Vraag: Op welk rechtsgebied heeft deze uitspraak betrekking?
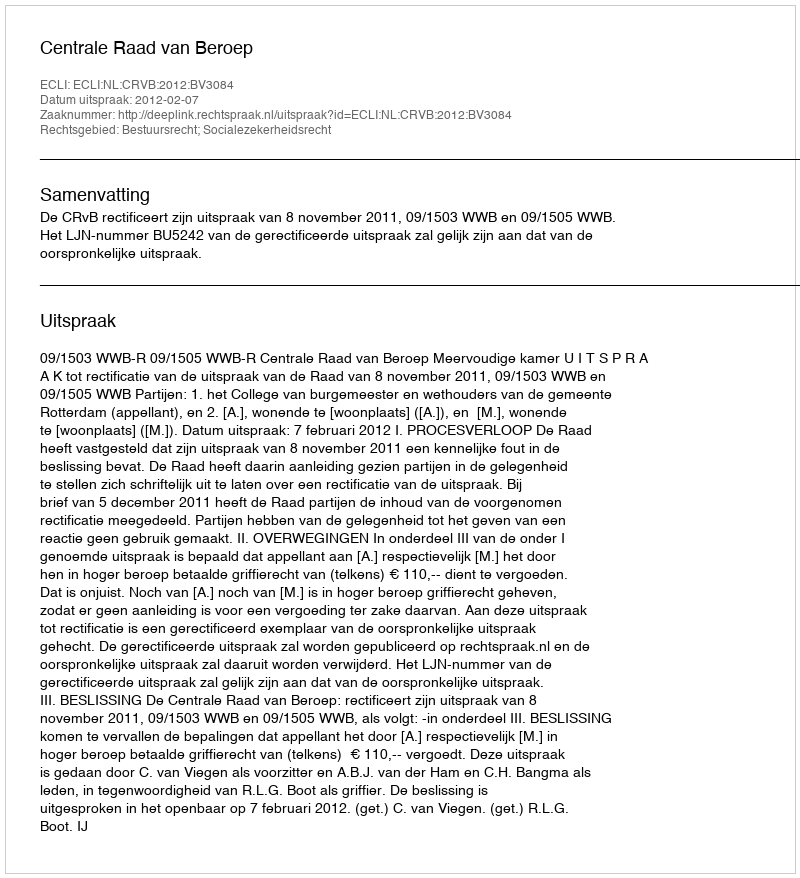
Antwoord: Bestuursrecht; Socialezekerheidsrecht